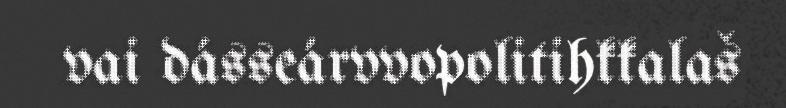
vai dásseárvvopolitihkkalaš